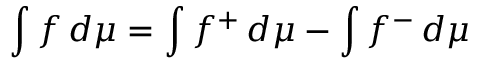
\int f \, d \mu = \int f ^ { + } \, d \mu - \int f ^ { - } \, d \mu